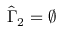
\hat { \Gamma } _ { 2 } = \varnothing